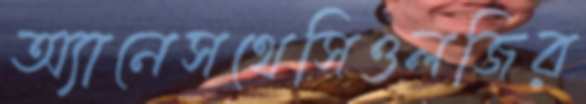
অ্যানেসথেসিওলজির